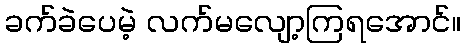
ခက်ခဲပေမဲ့ လက်မလျော့ကြရအောင်။